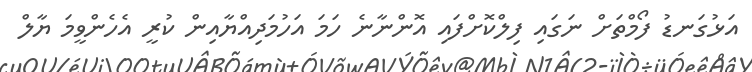
އަޅުގަނޑު ފޯމްތަށް ނަގައި ފިލްކޮށްފައި އޮންނާނެ ހަމަ އަހުމަދިއްޔާއިން ކުރީ އެހެންވީމަ ޔާލް